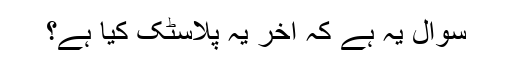
سوال یہ ہے کہ آخر یہ پلاسٹک کیا ہے؟